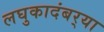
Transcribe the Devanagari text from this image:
लघुकादंबर्‍या